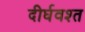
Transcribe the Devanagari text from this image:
दीर्घवश्त